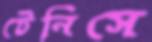
টেনিসে